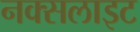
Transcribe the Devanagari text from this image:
नक्सलाइट